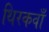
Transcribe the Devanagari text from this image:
थिरकवाँ